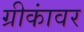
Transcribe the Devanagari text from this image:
ग्रीकांवर